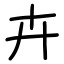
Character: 卉